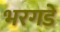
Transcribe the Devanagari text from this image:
भरगडे